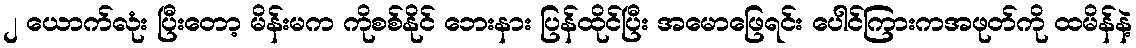
၂ ယောက်လုံး ပြီးတော့ မိန်းမက ကိုစစ်နိုင် ဘေးနား ပြန်ထိုင်ပြီး အမောဖြေရင်း ပေါင်ကြားကအဖုတ်ကို ထမိန်နဲ့